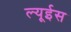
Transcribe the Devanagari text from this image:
ल्यूईस